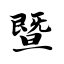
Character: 暨